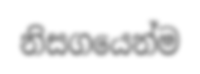
නිසගයෙන්ම